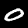
Digit: 0